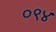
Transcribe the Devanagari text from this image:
०९४